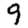
Digit: 9